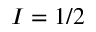
I = 1 / 2